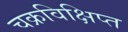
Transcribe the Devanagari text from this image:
चक्रविक्षिप्त